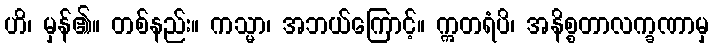
ဟိ၊ မှန်၏။ တစ်နည်း။ ကသ္မာ၊ အဘယ်ကြောင့်။ ဣတရံပိ၊ အနိစ္စတာလက္ခဏာမှ